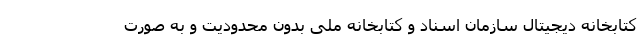
کتابخانه دیجیتال سازمان اسناد و کتابخانه ملی بدون محدودیت و به صورت